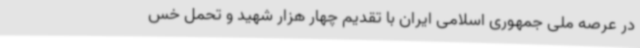
در عرصه ملی جمهوری اسلامی ایران با تقدیم چهار هزار شهید و تحمل خس